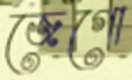
জেগো